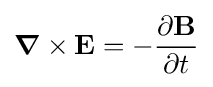
{\boldsymbol {\nabla }}\times \mathbf {E} =-{\frac {\partial \mathbf {B} }{\partial t}}